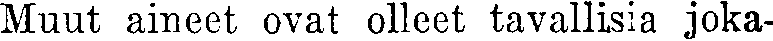
Muut aineet ovat olleet tavallisia joka-